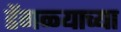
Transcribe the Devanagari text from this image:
डेंगळ्याच्या